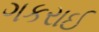
ગકરાઈ